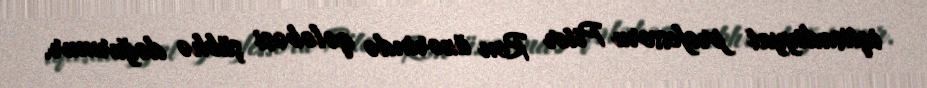
iqtisadiyyat professoru Piter Ron üzərində qələbəsi şübhə doğurmur.